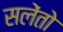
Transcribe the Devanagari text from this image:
सलेंतो